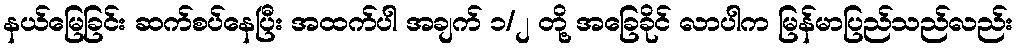
နယ်မြေခြင်း ဆက်စပ်နေပြီး အထက်ပါ အချက် ၁/၂ တို့ အခြေခိုင် လာပါက မြန်မာပြည်သည်လည်း